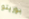
بوريتو